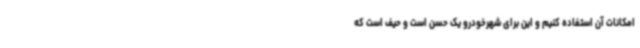
امکانات آن استفاده کنیم و این برای شهرخودرو یک حسن است و حیف است که